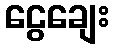
ငွေချေး